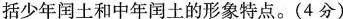
括少年闰土和中年闰土的形象特点。(4分)